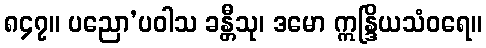
၈၄၇။ ပညော’ပဝါသ ခန္တီသု၊ ဒမော ဣန္ဒြိယသံဝရေ။